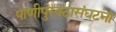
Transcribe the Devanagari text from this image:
पाणीपुरवठासंघटना